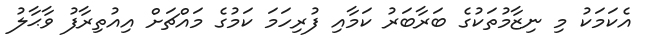
އެކަމަކު މި ނިޒާމުތަކުގެ ބަރާބަރު ކަމާއި ފުރިހަމަ ކަމުގެ މައްޗަށް އިއުތިރާފު ވާޙާލު